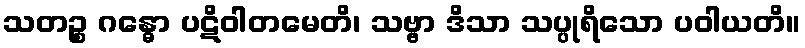
သတဉ္စ ဂန္ဓော ပဋိဝါတမေတိ၊ သဗ္ဗာ ဒိသာ သပ္ပုရိသော ပဝါယတိ။